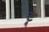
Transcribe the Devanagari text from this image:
ट्र्